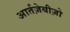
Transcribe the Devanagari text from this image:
आर्तज़ेबीज़ो